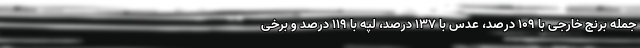
جمله برنج خارجی با 109 درصد، عدس با 137 درصد، لپه با 119 درصد و برخی